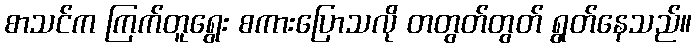
စာသင်က ကြက်တူရွေး စကားပြောသလို တတွတ်တွတ် ရွတ်နေသည်။